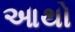
આથો